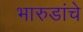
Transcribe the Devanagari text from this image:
भारुडांचे